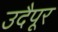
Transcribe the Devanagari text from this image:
उदैपूर